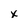
Character: x